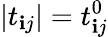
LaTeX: |t_{\mathbf{i}j}|=t_{\mathbf{i}j}^{0}